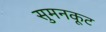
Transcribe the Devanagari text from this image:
सुमनकूट